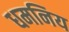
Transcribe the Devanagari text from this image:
धमनिय